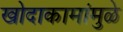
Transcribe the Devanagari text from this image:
खोदाकामांमुळे